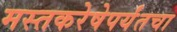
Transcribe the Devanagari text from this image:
मस्तकरेषेपर्यंतचा